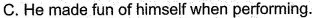
C.He made fun of himself when performing.